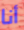
أنا